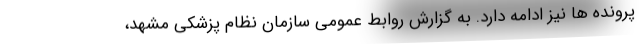
پرونده ها نیز ادامه دارد. به گزارش روابط عمومی سازمان نظام پزشکی مشهد،